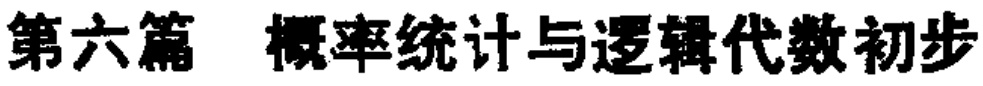
第六篇 概率统计与逻辑代数初步